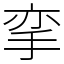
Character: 挛